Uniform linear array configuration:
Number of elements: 32
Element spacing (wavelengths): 0.25
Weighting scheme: uniform
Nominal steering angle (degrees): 15
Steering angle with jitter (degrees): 14.133
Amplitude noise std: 0.05
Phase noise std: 0.05

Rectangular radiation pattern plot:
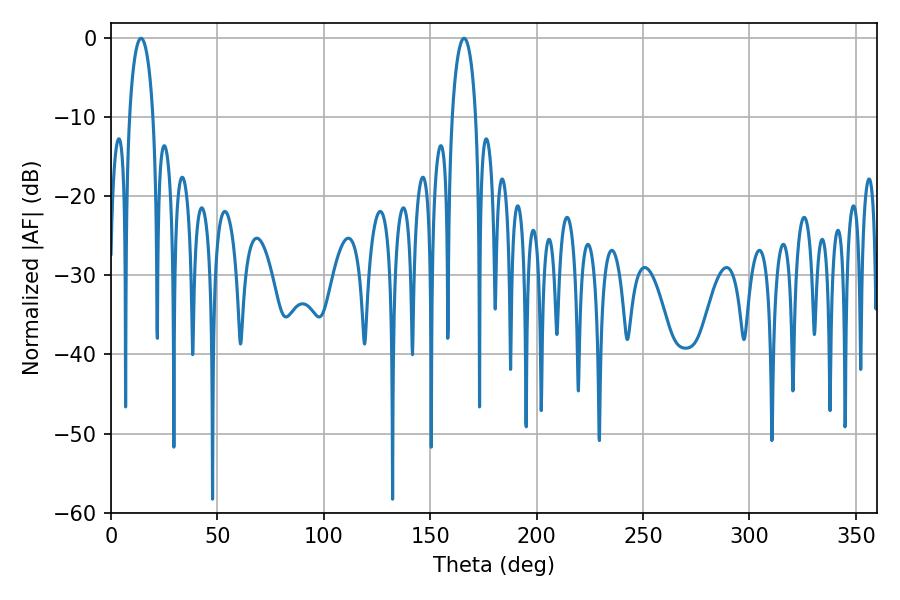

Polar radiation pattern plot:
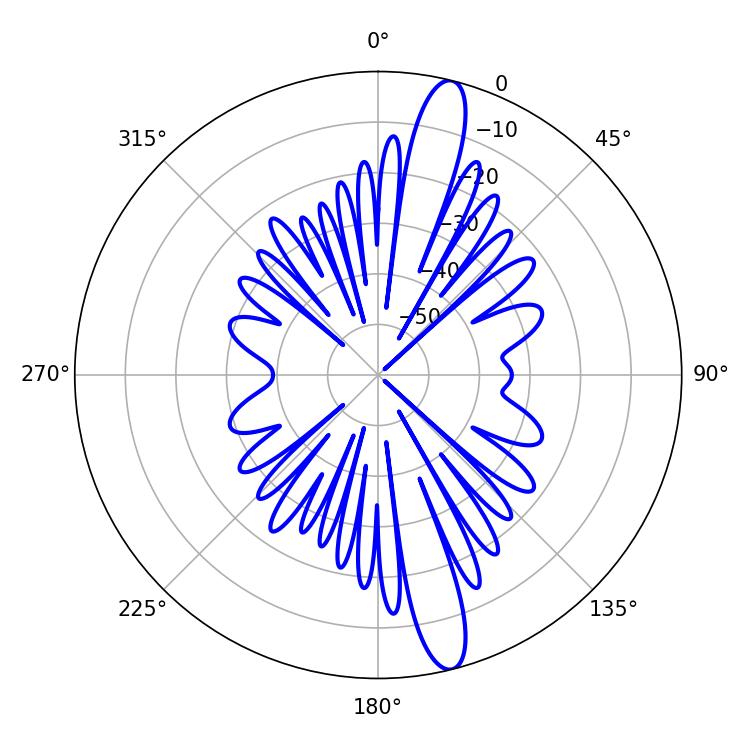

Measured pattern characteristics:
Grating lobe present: FALSE
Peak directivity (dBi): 15.071
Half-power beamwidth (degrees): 6.3
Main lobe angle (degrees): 14.04